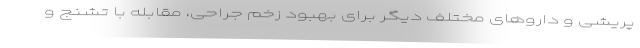
پریشی و داروهای مختلف دیگر برای بهبود زخم جراحی، مقابله با تشنج و